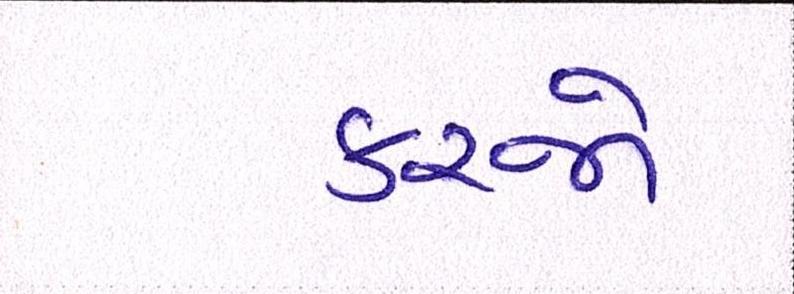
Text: કરજો